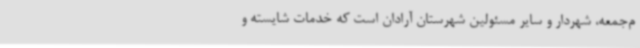
م‌جمعه، شهردار و سایر مسئولین شهرستان آرادان است که خدمات شایسته و